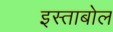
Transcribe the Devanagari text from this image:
इस्ताबोल